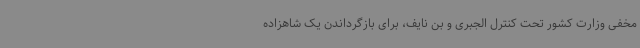
مخفی وزارت کشور تحت کنترل الجبری و بن نایف، برای بازگرداندن یک شاهزاده